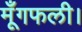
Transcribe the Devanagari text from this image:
मूँगफली।